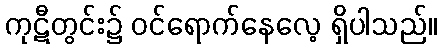
ကုဋီတွင်း၌ ဝင်ရောက်နေလေ့ ရှိပါသည်။